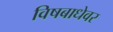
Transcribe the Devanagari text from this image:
विषबाधेवर